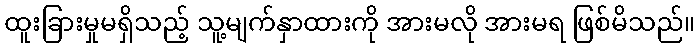
ထူးခြားမှုမရှိသည့် သူ့မျက်နှာထားကို အားမလို အားမရ ဖြစ်မိသည်။